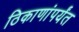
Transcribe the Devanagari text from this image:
ठिकाणांपर्यंत